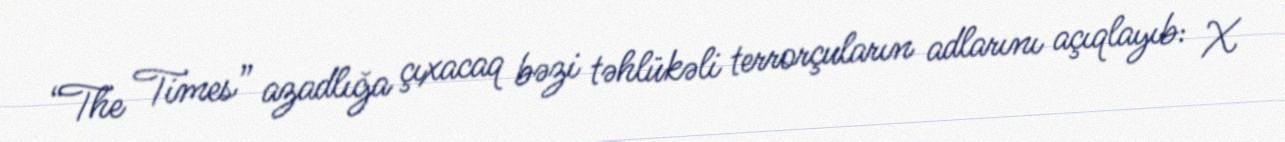
“The Times” azadlığa çıxacaq bəzi təhlükəli terrorçuların adlarını açıqlayıb: X